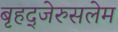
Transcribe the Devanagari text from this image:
बृहद्‌जेरुसलेम